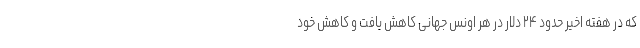
که در هفته اخیر حدود ۲۴ دلار در هر اونس جهانی کاهش یافت و کاهش خود